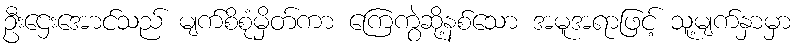
ဦးဌေးအောင်သည် မျက်စိစုံမှိတ်ကာ ကြေကွဲဆို့နစ်သော အမူအရာဖြင့် သူ့မျက်နှာမှာ